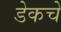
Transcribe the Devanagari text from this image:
डेकचे